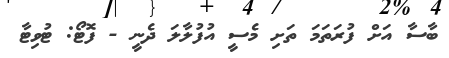
ބާސާ އަށް ފުރަތަމަ ތަށި މެސީ އުފުލާލަ ދެނީ - ފޮޓޯ: ޓުވިޓާ